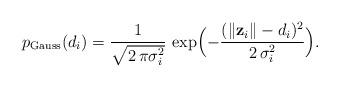
LaTeX: \begin{align*}p_{\mathrm{Gauss}}(d_{i})=\frac{1}{\sqrt{2\,\pi\sigma_{i}^{2}}}\,\exp\Bigl(-\frac{(\Vert\mathbf{z}_{i}\Vert-d_{i})^{2}}{2\,\sigma_{i}^{2}}\Bigr).\end{align*}